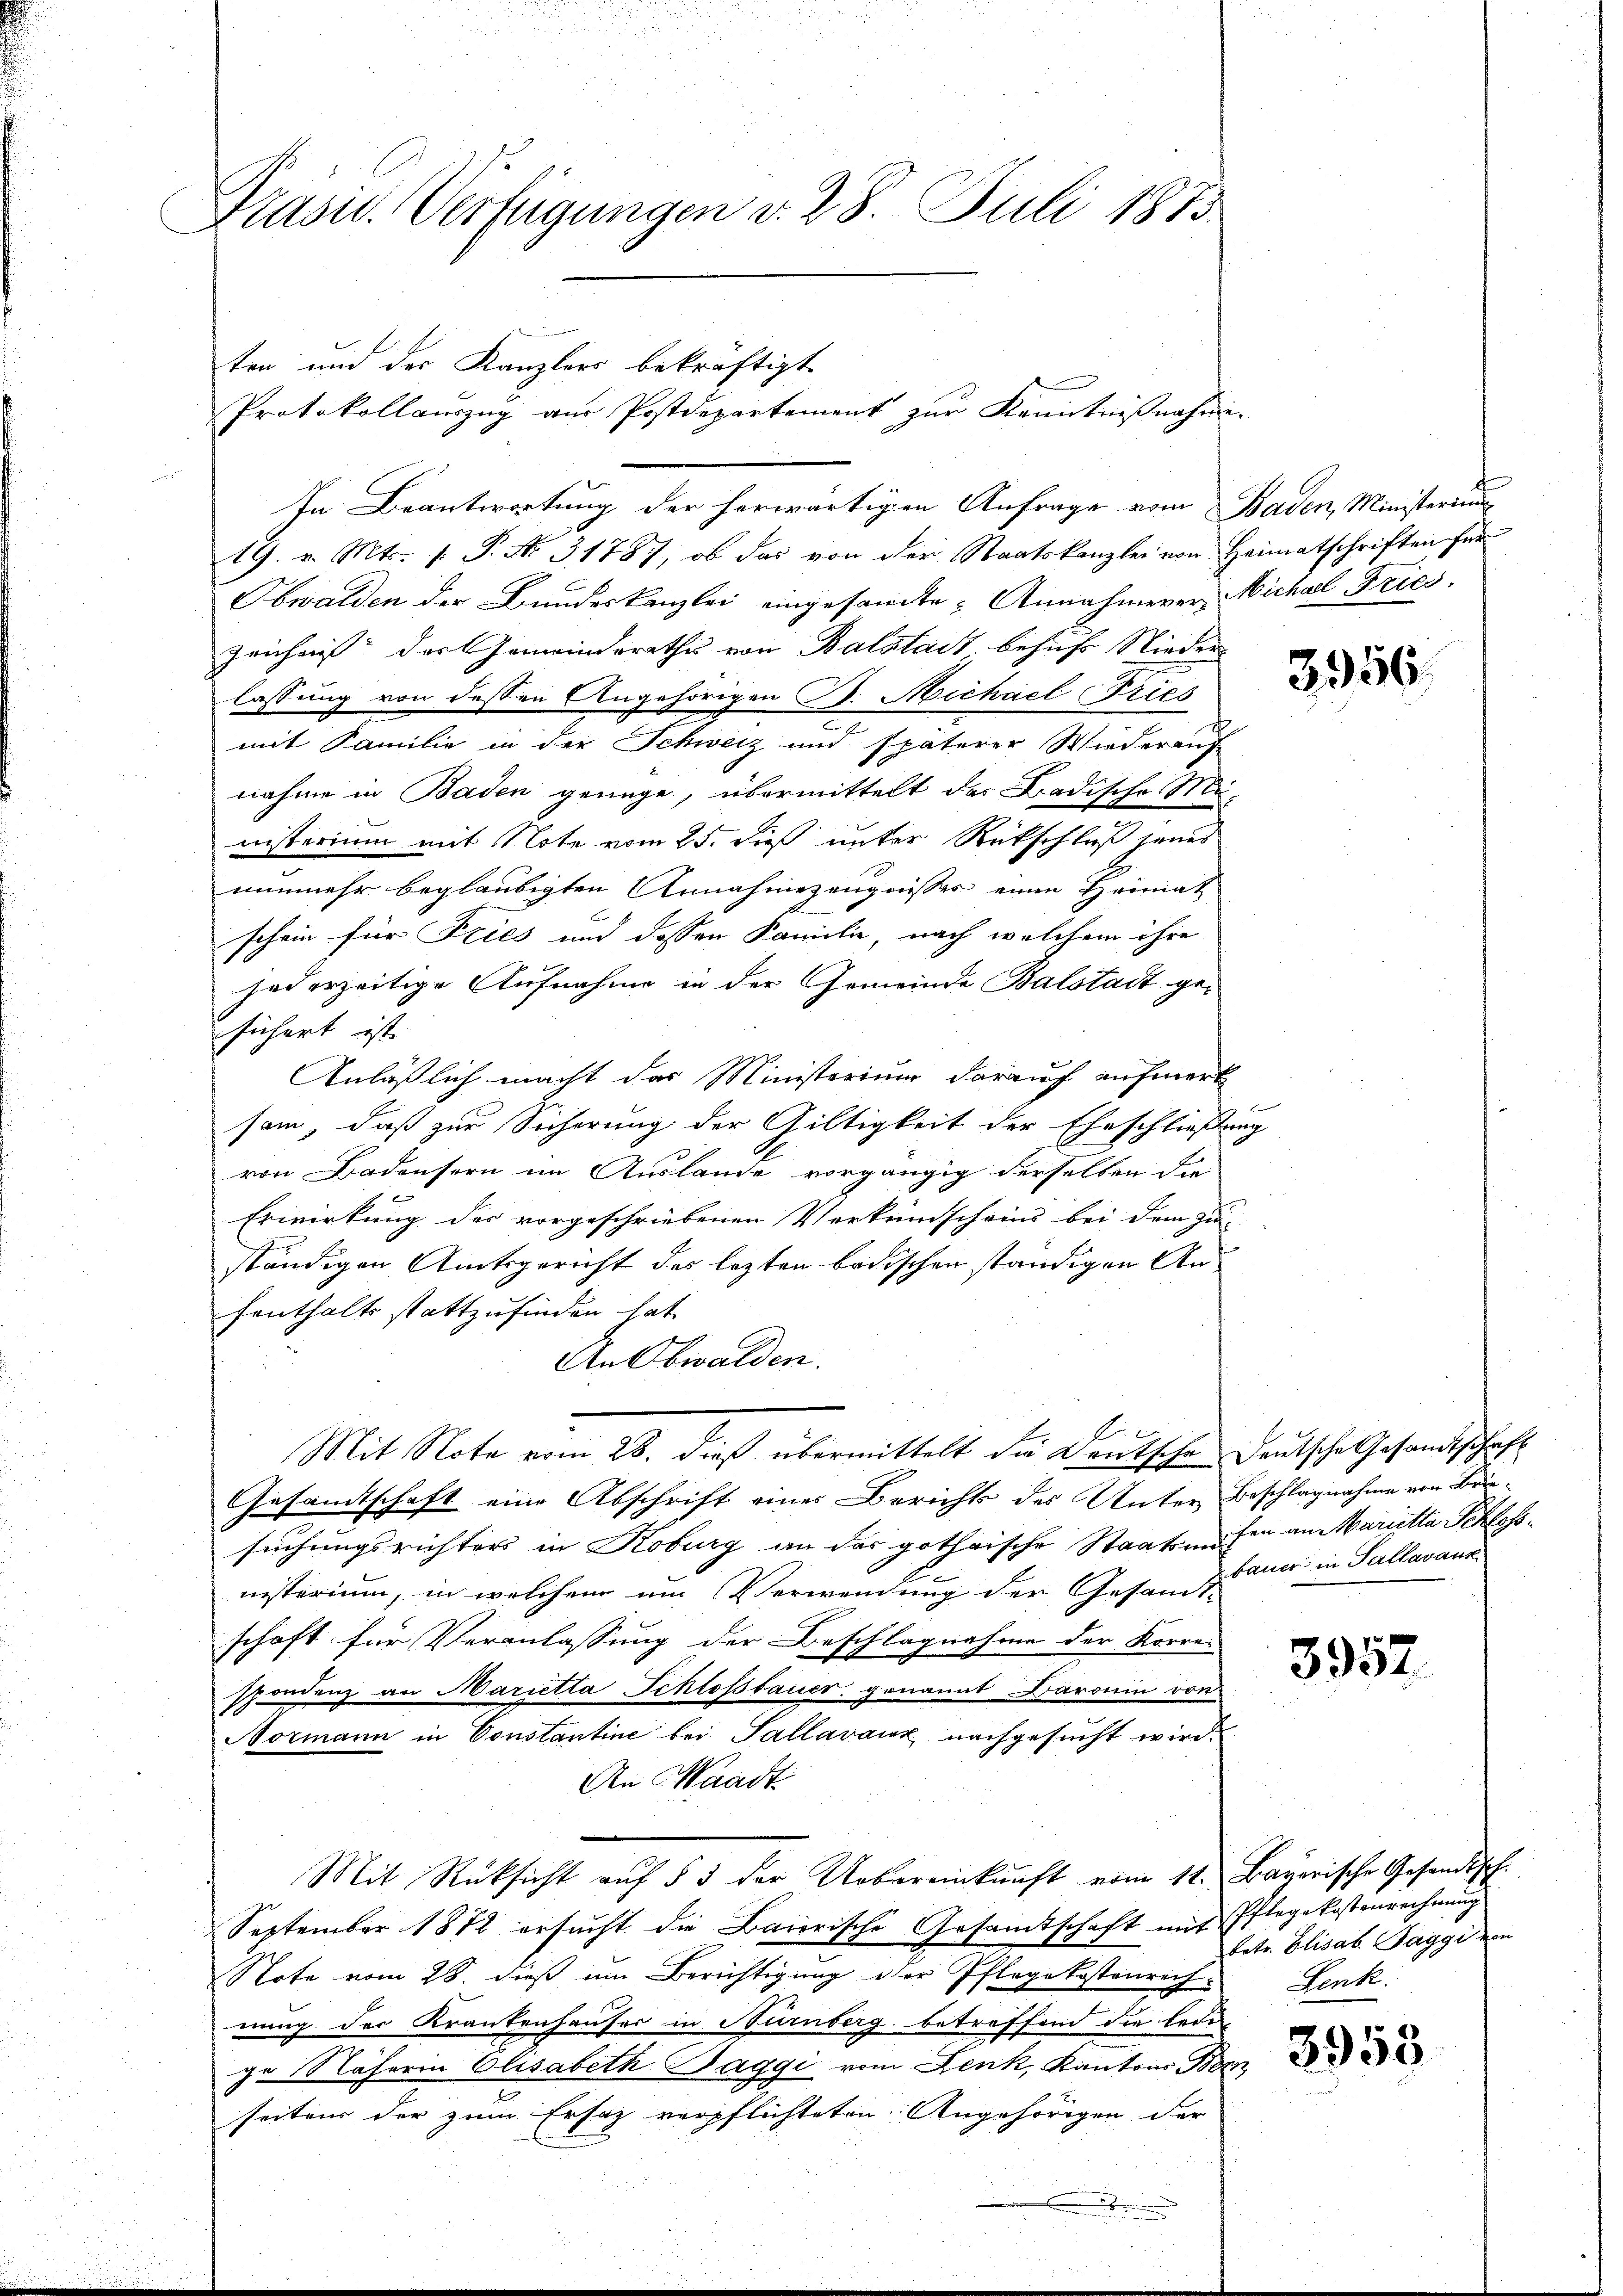
Präsid. Verfügungen v. 28. Juli 1873.

In Beantwortung der herwärtigen Anfrage vom Baden, Ministerium
19. v. Mts. 1. P. No. 31787, ob das von der Staatskanzlei von Heimatschriften für
Obwalden der Bundeskanzlei eingesamte Annahmerer Michael Fries.
zeichnis der Gemeinderathes von Balstadt behufs Nieder
lassung von dessen Angehörigen B. Michael Tries
mit Familie in der Schweiz und späterer Wiederauf
nahme in Baden genüge, übermittelt das Badische Ministerium mit Note vom 25. dieß unter Rückschluß jenes
nunmehr beglaubigten Annahmezeugnisses einen Heimat
schein für Fries und dessen Familie, nach welchem ihre
jederzeitige Aufnahme in der Gemeinde Balstadt gesichert ist.
Anläßlich macht das Ministerium darauf aufmerk
sam, daß zur Sicherung der Gültigkeit der Eheschließung
von Badensern im Auslande vorgängig derselben die
Erwirkung der vorgeschriebenen Verkundscheins bei dem zu
ständigen Amtsgericht des lezten badischen ständigen Anfenthalts stattzufinden hat.
An Obwalden.
Mit Note vom 28. dieß übermittelt die Deutsche Deutsche Gesandtschaft
Gesamtschaft eine Abschrift eines Berichts des Unter Beschlagnahme von Brüsuchungsrichters in Koburg an das gothrische Staatsachen an Marietta Schlossnisterium, in welchem um Verwendung der Gesamt-
schaft für Veranlassung der Beschlagnahme der Korre-
spondenz an Marietta Schloßtauer genannt Baronin von
Normann in Constantine bei Pallavaux nachgesucht wird.
An Waadt
Mit Rücksicht aŭf § 3 der Uebereinkunft vom 11. Bayerische Gesandtsch.
September 1872 ersucht die Baierische Gesamtschaft mit Pflegekostenrechnung
Note vom 28. dieß um Berichtigung der Pflegekostenrich
nung der Krankenhauser in Nürnberg betreffend die lede
ge Näherin Elisabeth Baggi vom Fenk, Kantons Bern
seitens der zum Ersatz verpflichteten Angehörigen der
u
.

ten und der Kanzlers bekräftigt

Protokollauszug aus Postdepartement zur Kenntnißnahmi-

3956

bauer in Pallavaux

3952

betr. Elisab. Taggi ein
Lenk

3958